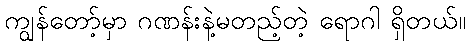
ကျွန်တော့်မှာ ဂဏန်းနဲ့မတည့်တဲ့ ရောဂါ ရှိတယ်။